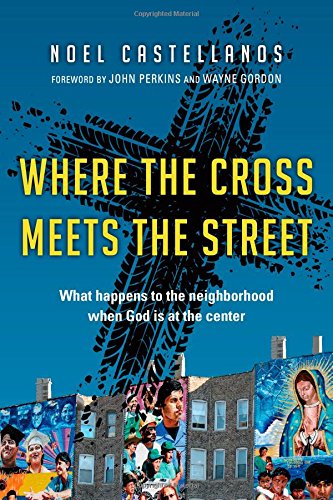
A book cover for Where the Cross Meets the Street: What Happens to the Neighborhood When God Is at the Center; Noel Castellanos; Politics & Social Sciences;